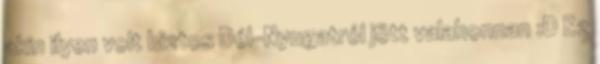
akin ilyen volt biztos Dél-Nyugatról jött valahonnan :D Ez